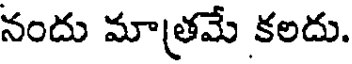
నందు మాత్రమే కలదు.